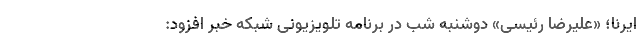
ایرنا؛ «علیرضا رئیسی» دوشنبه شب در برنامه تلویزیونی شبکه خبر افزود: